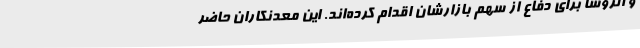
و الروسا برای دفاع از سهم بازارشان اقدام کرده‌اند. این معدنکاران حاضر